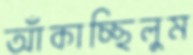
আঁকাচ্ছিলুম